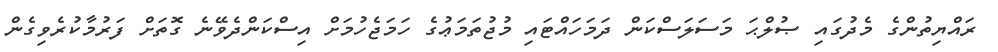
ރައްޔިތުންގެ މެދުގައި ޞުލްޙަ މަސަލަސްކަން ދަމަހައްޓައި މުޖުތަމަޢުގެ ހަމަޖެހުމަށް އިސްކަންދެވޭނެ ގޮތަށް ފަރުމާކުރެވިގެން